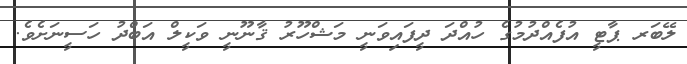
ލޭބަރ ޕާޓީ އުފެއްދުމުގެ ހުއްދަ ދީފައިވަނީ މަޝްހޫރު ޤާނޫނީ ވަކީލް އަބްދު ހަސީނަށެވެ.